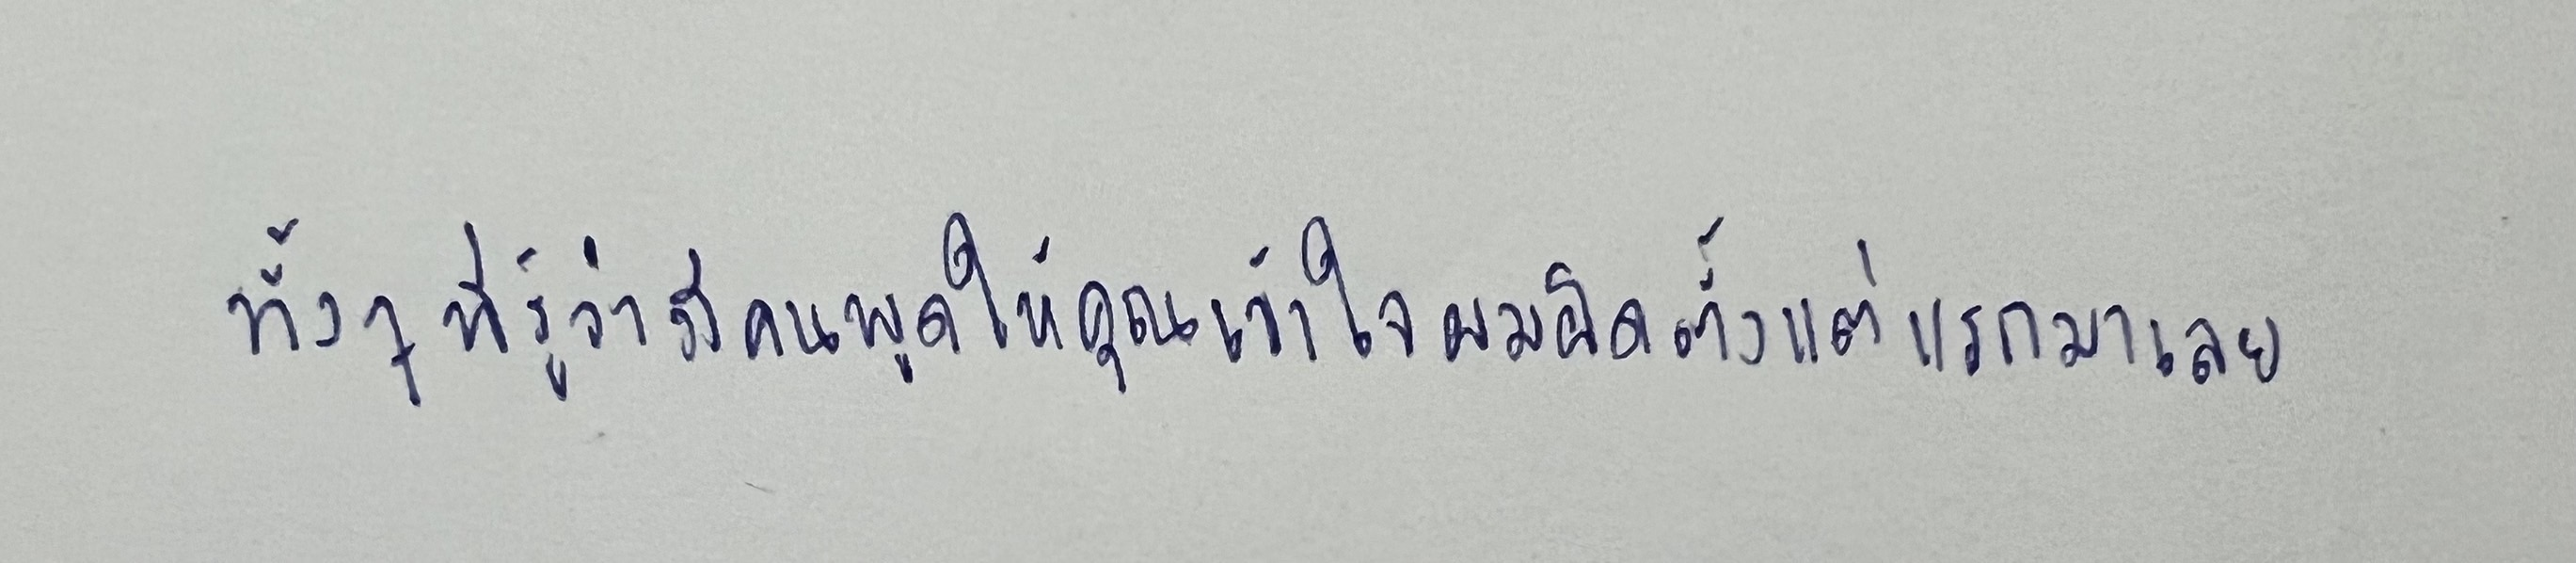
ทั้งๆที่รู้ว่ามีคนพูดให้คุณเข้าใจผมผิดตั้งแต่แรกมาเลย